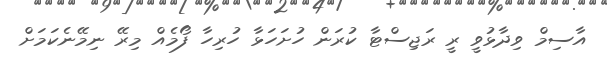
އާސިމް ވިދާޅުވީ ރީ ރަޖިސްޓާ ކުރަން ހުށަހަޅާ ހުރިހާ ފޯމެއް މިރޭ ނިމޭނެކަމަށް